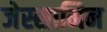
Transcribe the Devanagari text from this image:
जेस्सामिन